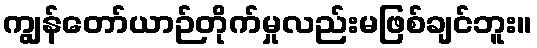
ကျွန်တော်ယာဉ်တိုက်မှုလည်းမဖြစ်ချင်ဘူး။